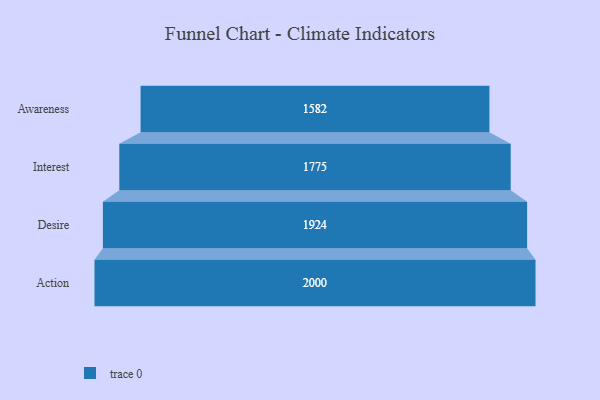
{"axis": {"x": "Stage", "y": "Value"}, "legend": [""], "data": [{"x": "Awareness", "y": 1582.0, "type": ""}, {"x": "Interest", "y": 1775.0, "type": ""}, {"x": "Desire", "y": 1924.0, "type": ""}, {"x": "Action", "y": 2000, "type": ""}]}